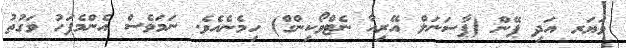
ވަޔަރ އަދި ޕޭން (ޕާސަނަލް އޭރިއާ ނެޓްވޯކިންގް) ހިމެނެއެވެ. ނަމަވެސް އެންމެފަހު ވަގުތު